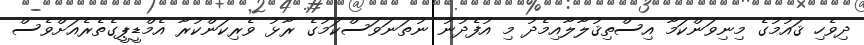
ދިވެހި ޤައުމުގެ މިނިވަންކަމާ އިސްތިޤުލާލާއިމެދު މި އުފެދުނު ނުތަނަވަސްކަމުގެ ރާޅު ވެރިކަންކުރާ އެމްޑީޕީގެތެރެއަށްވެސް